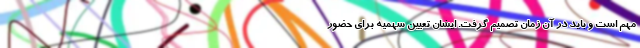
مهم است و بايد در آن زمان تصميم گرفت. ايشان تعيين سهميه براي حضور